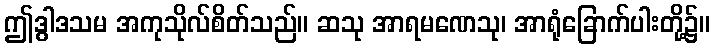
ဤဒွါဒသမ အကုသိုလ်စိတ်သည်။ ဆသု အာရမဏေသု၊ အာရုံခြောက်ပါးတို့၌။